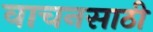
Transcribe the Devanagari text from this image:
वाचनसाठी